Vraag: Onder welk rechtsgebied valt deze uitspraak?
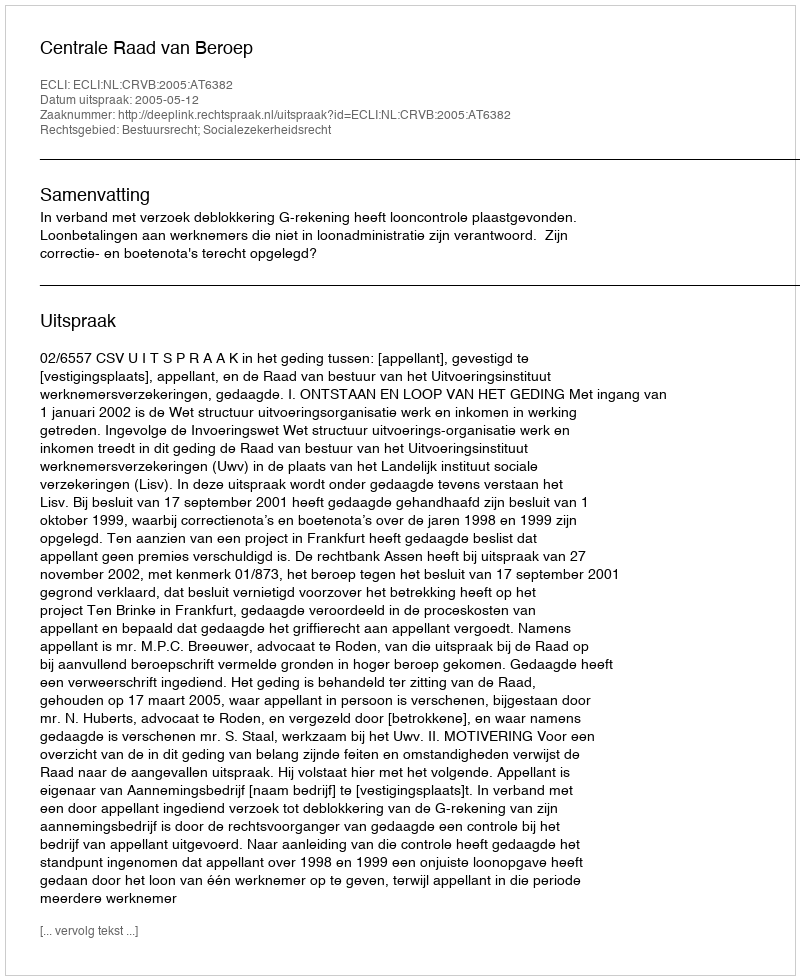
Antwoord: Bestuursrecht; Socialezekerheidsrecht